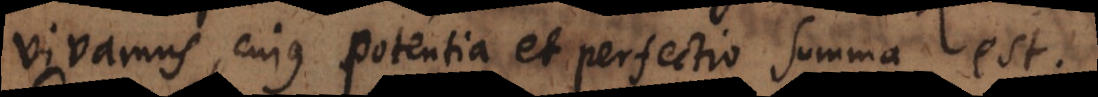
vivamus, cujus potentia et perfectio summa est.